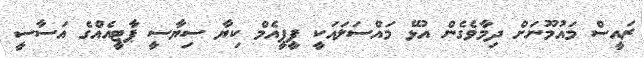
ރައީސް މައުމޫނަށް ދިމާވެގެން އުޅޭ މައްސަލައަކީ ޕީޕީއެމް ކިޔާ ސިޔާސީ ޕާޓީއެއްގެ އަސާސީ